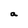
Character: a